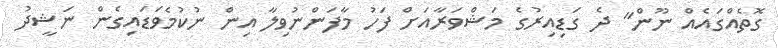
ގޮތެއްގައެއް ނޫން" ދެ ގަޑިއިރުގެ މަޝްވަރާއަށް ފަހު މާފަންނުވިލާ އިން ނުކުމެވަޑައިގެން ނަޝީދު